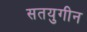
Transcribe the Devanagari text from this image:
सतयुगीन